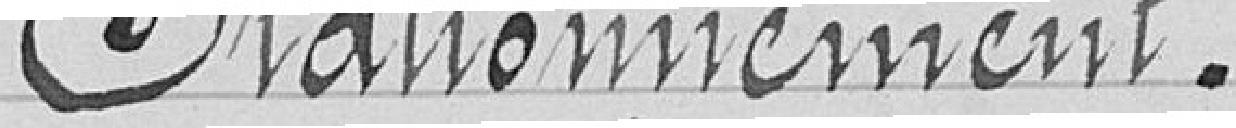
Stationnement.